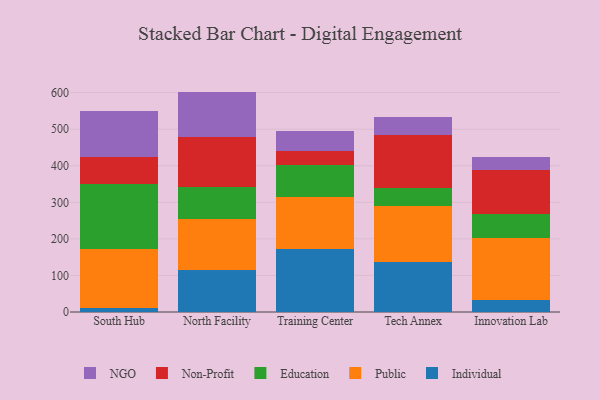
{"axis": {"x": "Campus", "y": "Active Users"}, "legend": ["Education", "Individual", "NGO", "Non-Profit", "Public"], "data": [{"x": "South Hub", "y": 10.5, "type": "Individual"}, {"x": "South Hub", "y": 161.6, "type": "Public"}, {"x": "South Hub", "y": 178.1, "type": "Education"}, {"x": "South Hub", "y": 74.1, "type": "Non-Profit"}, {"x": "South Hub", "y": 124.5, "type": "NGO"}, {"x": "North Facility", "y": 113.9, "type": "Individual"}, {"x": "North Facility", "y": 140.2, "type": "Public"}, {"x": "North Facility", "y": 88.9, "type": "Education"}, {"x": "North Facility", "y": 135.0, "type": "Non-Profit"}, {"x": "North Facility", "y": 124.9, "type": "NGO"}, {"x": "Training Center", "y": 173.3, "type": "Individual"}, {"x": "Training Center", "y": 142.5, "type": "Public"}, {"x": "Training Center", "y": 86.9, "type": "Education"}, {"x": "Training Center", "y": 38.6, "type": "Non-Profit"}, {"x": "Training Center", "y": 53.5, "type": "NGO"}, {"x": "Tech Annex", "y": 137.8, "type": "Individual"}, {"x": "Tech Annex", "y": 153.0, "type": "Public"}, {"x": "Tech Annex", "y": 47.7, "type": "Education"}, {"x": "Tech Annex", "y": 144.6, "type": "Non-Profit"}, {"x": "Tech Annex", "y": 51.5, "type": "NGO"}, {"x": "Innovation Lab", "y": 32.1, "type": "Individual"}, {"x": "Innovation Lab", "y": 170.1, "type": "Public"}, {"x": "Innovation Lab", "y": 65.5, "type": "Education"}, {"x": "Innovation Lab", "y": 120.1, "type": "Non-Profit"}, {"x": "Innovation Lab", "y": 36.8, "type": "NGO"}]}